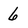
Character: 6